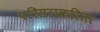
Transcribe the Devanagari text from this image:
परिसराकरिता